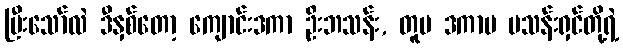
ပြီးသော်လဲ ဒီနှစ်တော့ ကျောင်းဒကာ ဦးဘသန်း, တူမ ဒကာမ မသန်းရှင်တို့ရဲ့